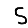
Digit: 5